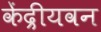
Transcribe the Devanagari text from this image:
केंद्रीयवन